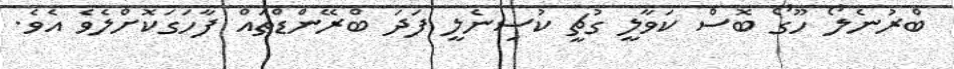
ބްރުނެލޯ ހޫގޯ ބޮސް ކަވާލީ ގުޗީ ކުސިނެލީ ފަދަ ބްރޭންޑްތައް ފާހަގަކޮށްލެވެ އެވެ.